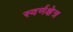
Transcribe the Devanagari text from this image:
स्वर्णक्षेत्र